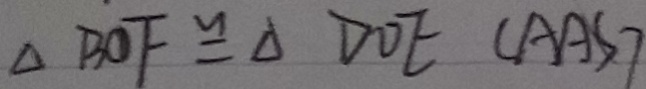
\Delta B O F \cong \Delta D O E ( A A S )